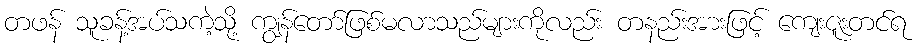
တဖန် သူခန့်အပ်သကဲ့သို့ ကျွန်တော်ဖြစ်မလာသည်များကိုလည်း တနည်းအားဖြင့် ကျေးဇူးတင်ရ